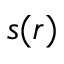
s ( r )